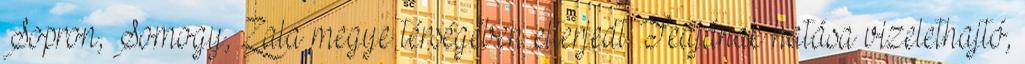
Sopron, Somogy, Zala megye térségében elterjedt. Teájának hatása vizelethajtó,